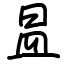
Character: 昷